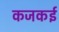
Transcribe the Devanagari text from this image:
कजकई